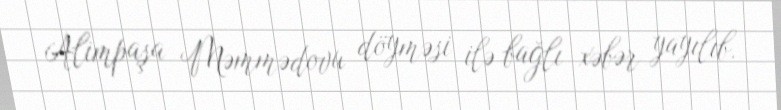
Alimpaşa Məmmədovu döyməsi ilə bağlı xəbər yayılıb.